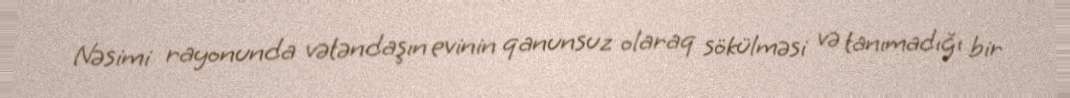
Nəsimi rayonunda vətəndaşın evinin qanunsuz olaraq sökülməsi və tanımadığı bir